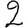
Digit: 2